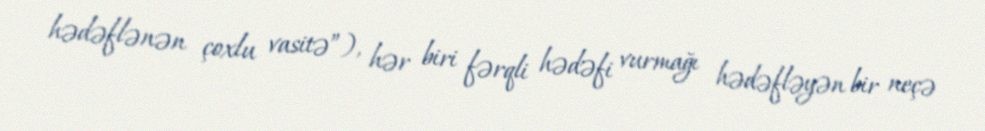
hədəflənən çoxlu vasitə”), hər biri fərqli hədəfi vurmağı hədəfləyən bir neçə